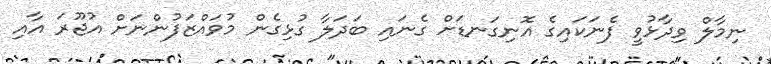
ނިމާލް ވިދާޅުވީ ފެނަކައިގެ އޮނިގަނޑަށް ގެނައި ބަދަލާ ގުޅިގެން މުވައްޒަފުންނަށް އުޖޫރަ އާއި